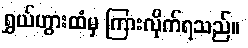
ရွှယ်ဟွားထံမှ ကြားလိုက်ရသည်။